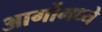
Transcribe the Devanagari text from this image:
आर्गोमध्ये